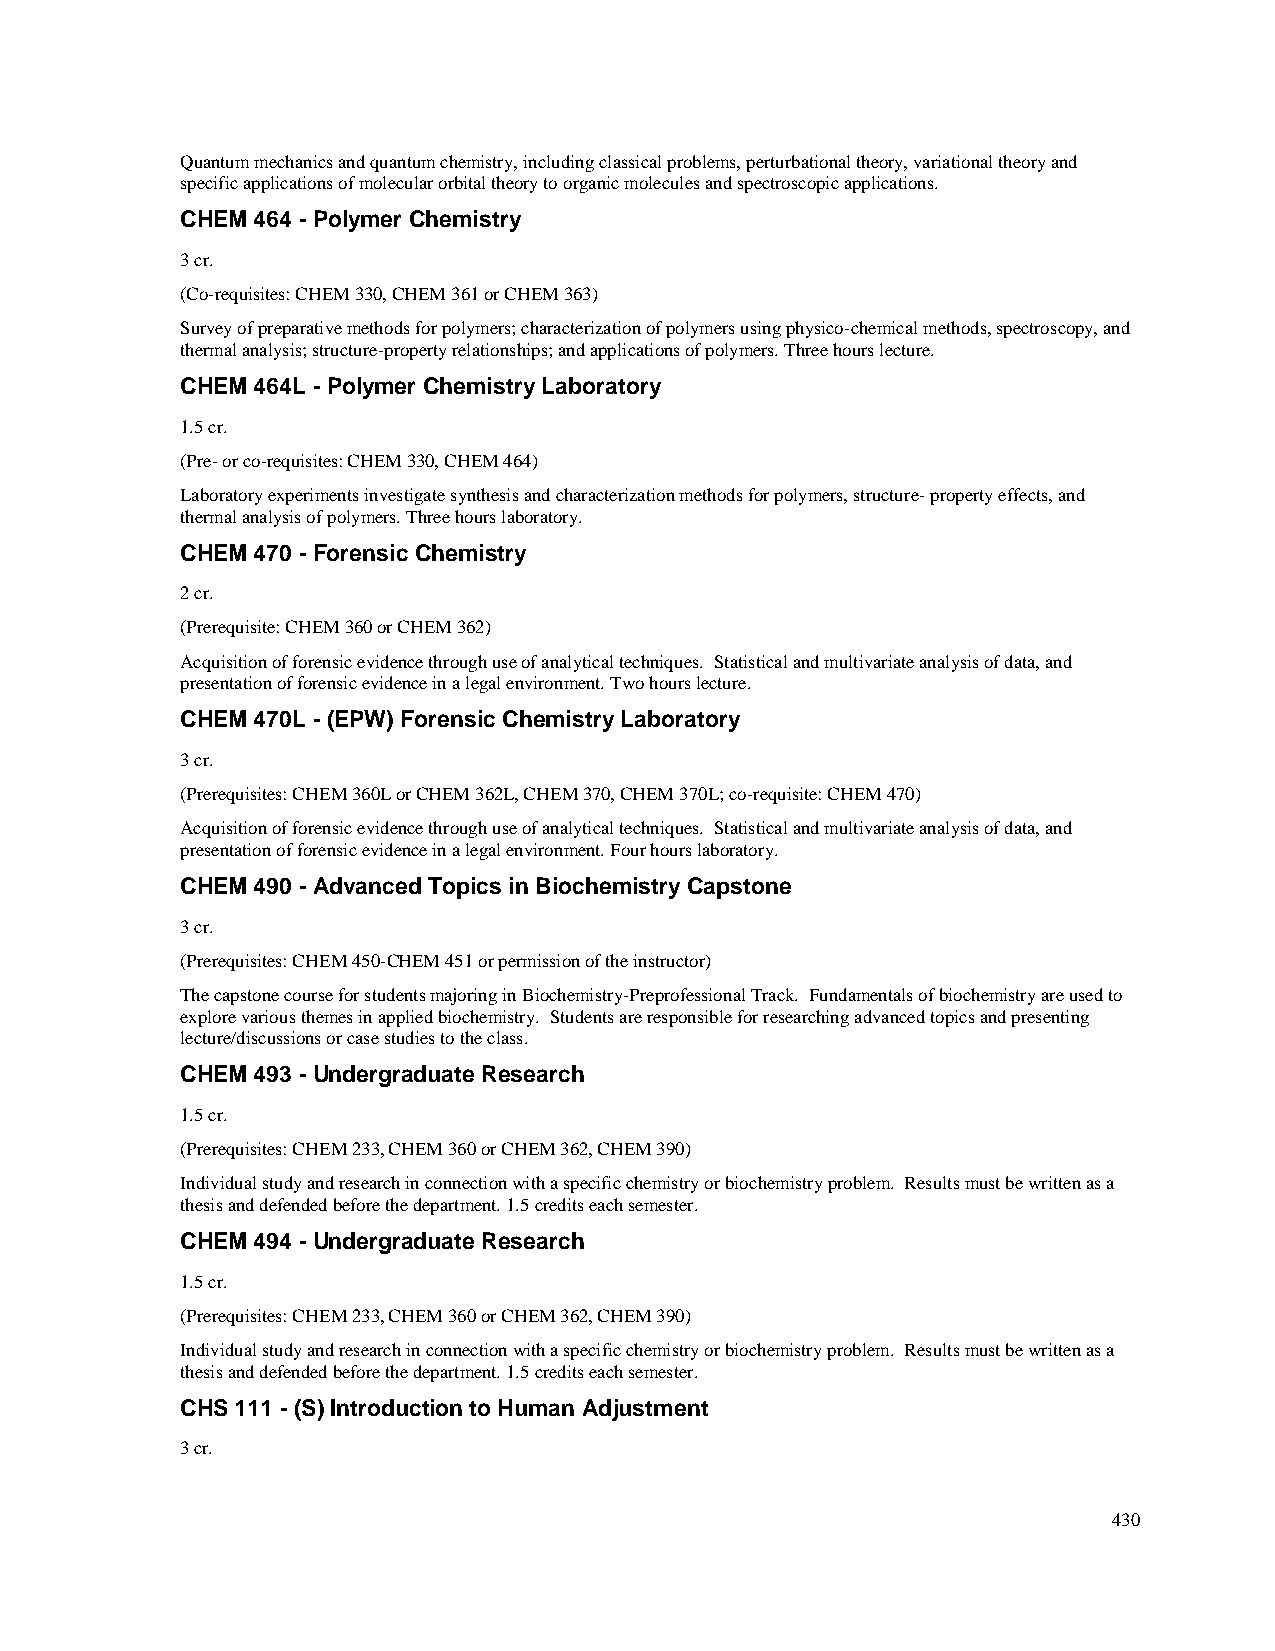
Quantum mechanics and quantum chemistry, including classical problems, perturbational theory, variational theory and
 specific applications of molecular orbital theory to organic molecules and spectroscopic applications.
 CHEM 464 - Polymer Chemistry
 3 cr.
 (Co-requisites: CHEM 330, CHEM 361 or CHEM 363)
 Survey of preparative methods for polymers; characterization of polymers using physico-chemical methods, spectroscopy, and
 thermal analysis; structure-property relationships; and applications of polymers. Three hours lecture.
 CHEM 464L - Polymer Chemistry Laboratory
 1.5 cr.
 (Pre- or co-requisites: CHEM 330, CHEM 464)
 Laboratory experiments investigate synthesis and characterization methods for polymers, structure- property effects, and
 thermal analysis of polymers. Three hours laboratory.
 CHEM 470 - Forensic Chemistry
 2 cr.
 (Prerequisite: CHEM 360 or CHEM 362)
 Acquisition of forensic evidence through use of analytical techniques. Statistical and multivariate analysis of data, and
 presentation of forensic evidence in a legal environment. Two hours lecture.
 CHEM 470L - (EPW) Forensic Chemistry Laboratory
 3 cr.
 (Prerequisites: CHEM 360L or CHEM 362L, CHEM 370, CHEM 370L; co-requisite: CHEM 470)
 Acquisition of forensic evidence through use of analytical techniques. Statistical and multivariate analysis of data, and
 presentation of forensic evidence in a legal environment. Four hours laboratory.
 CHEM 490 - Advanced Topics in Biochemistry Capstone
 3 cr.
 (Prerequisites: CHEM 450-CHEM 451 or permission of the instructor)
 The capstone course for students majoring in Biochemistry-Preprofessional Track. Fundamentals of biochemistry are used to
 explore various themes in applied biochemistry. Students are responsible for researching advanced topics and presenting
 lecture/discussions or case studies to the class.
 CHEM 493 - Undergraduate Research
 1.5 cr.
 (Prerequisites: CHEM 233, CHEM 360 or CHEM 362, CHEM 390)
 Individual study and research in connection with a specific chemistry or biochemistry problem. Results must be written as a
 thesis and defended before the department. 1.5 credits each semester.
 CHEM 494 - Undergraduate Research
 1.5 cr.
 (Prerequisites: CHEM 233, CHEM 360 or CHEM 362, CHEM 390)
 Individual study and research in connection with a specific chemistry or biochemistry problem. Results must be written as a
 thesis and defended before the department. 1.5 credits each semester.
 CHS 111 - (S) Introduction to Human Adjustment
 3 cr.
 430